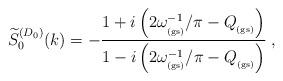
LaTeX: \begin{align*}\widetilde{S}_{0}^{(D_{0})} (k)= -\frac{1 + i \left(2 \omega_{_{\rm (gs)}}^{-1}/\pi - Q_{_{\rm (gs)}}\right) } {1 - i \left(2 \omega_{_{\rm (gs)}}^{-1}/\pi - Q_{_{\rm (gs)}} \right) }\; ,\end{align*}